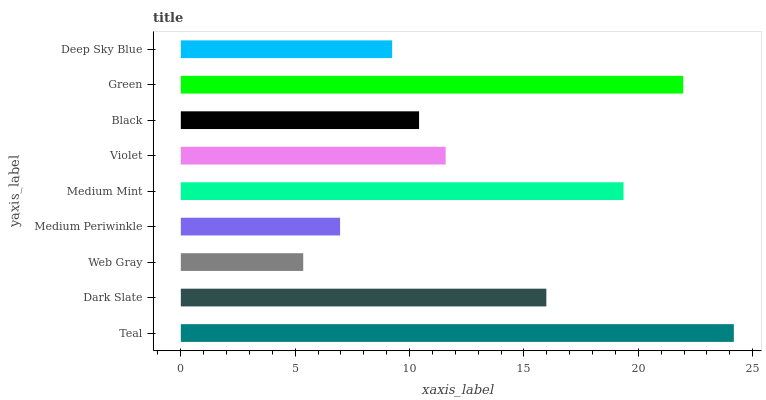
| yaxis_label | bars |
 | --- | --- |
 | Teal | 24.2 |
 | Dark Slate | 16 |
 | Web Gray | 5.35 |
 | Medium Periwinkle | 6.96 |
 | Medium Mint | 19.4 |
 | Violet | 11.6 |
 | Black | 10.4 |
 | Green | 22 |
 | Deep Sky Blue | 9.24 |